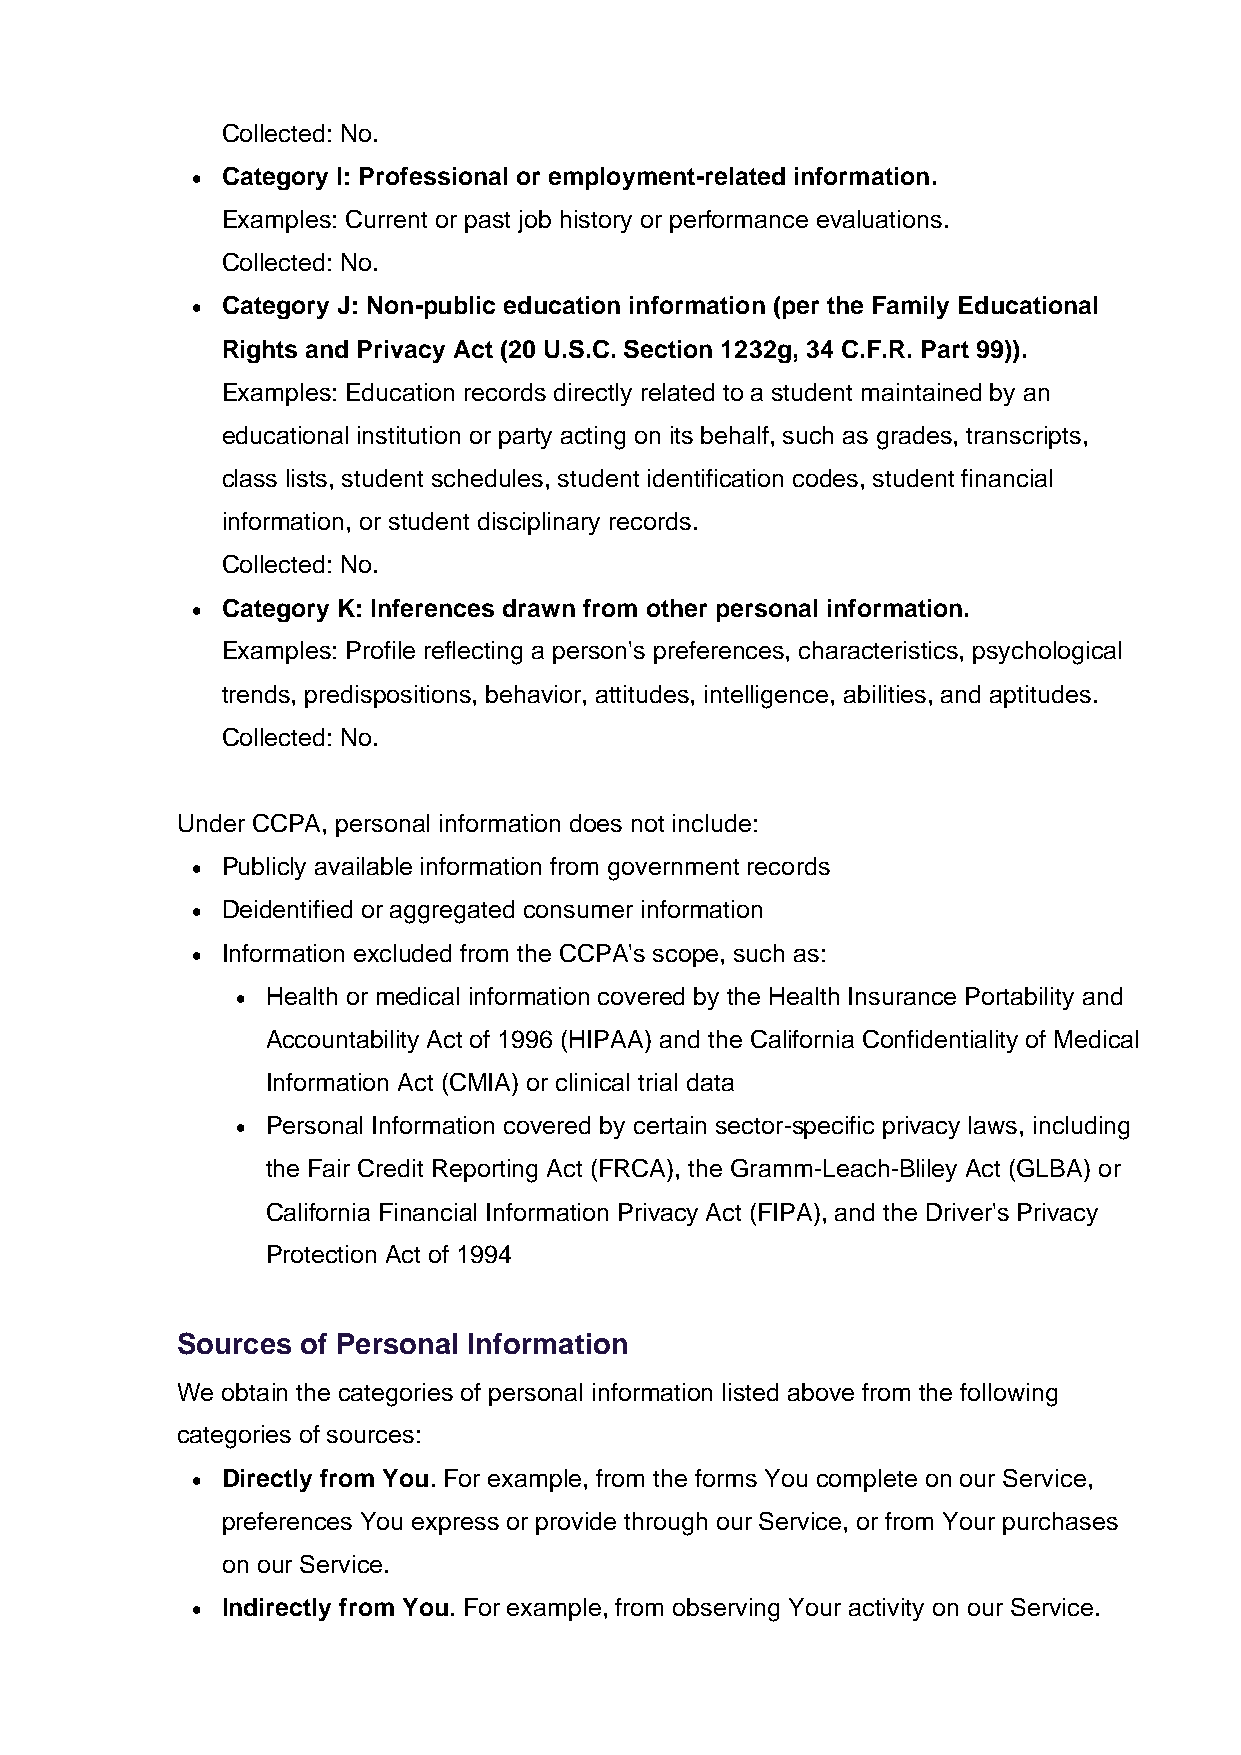
Collected: No.
 • Category I: Professional or employment-related information.
 Examples: Current or past job history or performance evaluations.
 Collected: No.
 • Category J: Non-public education information (per the Family Educational
 Rights and Privacy Act (20 U.S.C. Section 1232g, 34 C.F.R. Part 99)).
 Examples: Education records directly related to a student maintained by an
 educational institution or party acting on its behalf, such as grades, transcripts,
 class lists, student schedules, student identification codes, student financial
 information, or student disciplinary records.
 Collected: No.
 • Category K: Inferences drawn from other personal information.
 Examples: Profile reflecting a person's preferences, characteristics, psychological
 trends, predispositions, behavior, attitudes, intelligence, abilities, and aptitudes.
 Collected: No.
 Under CCPA, personal information does not include:
 • Publicly available information from government records
 • Deidentified or aggregated consumer information
 • Information excluded from the CCPA's scope, such as:
 • Health or medical information covered by the Health Insurance Portability and
 Accountability Act of 1996 (HIPAA) and the California Confidentiality of Medical
 Information Act (CMIA) or clinical trial data
 • Personal Information covered by certain sector-specific privacy laws, including
 the Fair Credit Reporting Act (FRCA), the Gramm-Leach-Bliley Act (GLBA) or
 California Financial Information Privacy Act (FIPA), and the Driver's Privacy
 Protection Act of 1994
 Sources of Personal Information
 We obtain the categories of personal information listed above from the following
 categories of sources:
 • Directly from You. For example, from the forms You complete on our Service,
 preferences You express or provide through our Service, or from Your purchases
 on our Service.
 • Indirectly from You. For example, from observing Your activity on our Service.